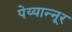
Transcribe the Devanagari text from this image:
पेय्यान्‍नूर